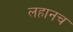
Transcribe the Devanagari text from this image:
लहानच